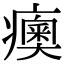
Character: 𤺾